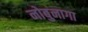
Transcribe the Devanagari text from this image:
नोबुनागा